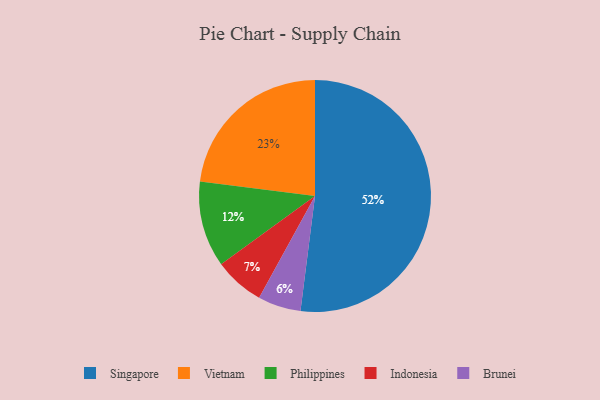
{"axis": {"x": "Category", "y": "Percentage"}, "legend": ["Brunei", "Indonesia", "Philippines", "Singapore", "Vietnam"], "data": [{"x": "Brunei", "y": 6, "type": "Brunei"}, {"x": "Philippines", "y": 12, "type": "Philippines"}, {"x": "Singapore", "y": 52, "type": "Singapore"}, {"x": "Vietnam", "y": 23, "type": "Vietnam"}, {"x": "Indonesia", "y": 7, "type": "Indonesia"}]}